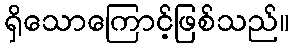
ရှိသောကြောင့်ဖြစ်သည်။